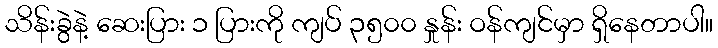
သိန်းခွဲနဲ့ ဆေးပြား ၁ ပြားကို ကျပ် ၃၅၀၀ နှုန်း ဝန်ကျင်မှာ ရှိနေတာပါ။